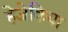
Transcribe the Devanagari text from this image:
हेजेकिया